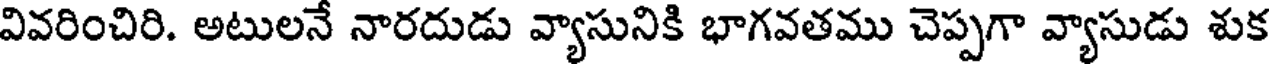
వివరించిరి. అటులనే నారదుడు వ్యాసునికి భాగవతము చెప్పగా వ్యాసుడు శుక